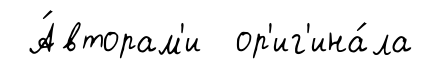
А́вторам'и ор'иг'ина́ла